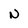
Character: n